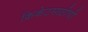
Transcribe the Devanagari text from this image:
क्रिकेटसाठीची